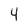
Character: 4